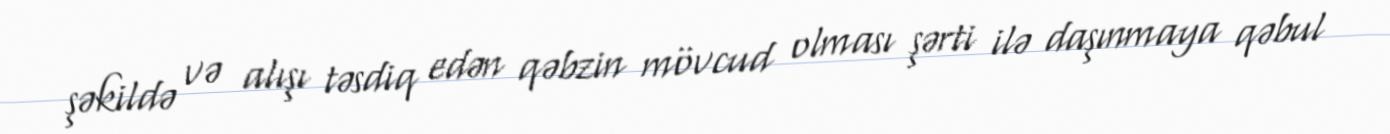
şəkildə və alışı təsdiq edən qəbzin mövcud olması şərti ilə daşınmaya qəbul